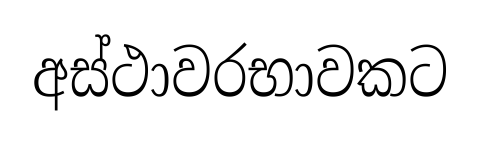
අස්ථාවරභාවකට